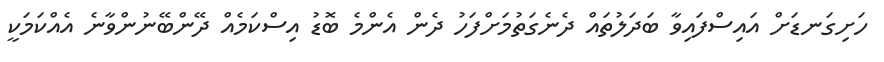
ހަށިގަނޑަށް އައިސްފައިވާ ބަދަލުތައް ދެނެގަތުމަށްފަހު ދެން އެންމެ ބޮޑު އިސްކަމެއް ދޭންބޭނުންވާނެ އެއްކަމަކީ